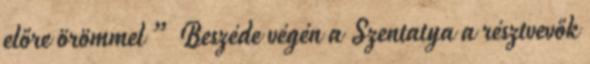
előre örömmel ” Beszéde végén a Szentatya a résztvevők